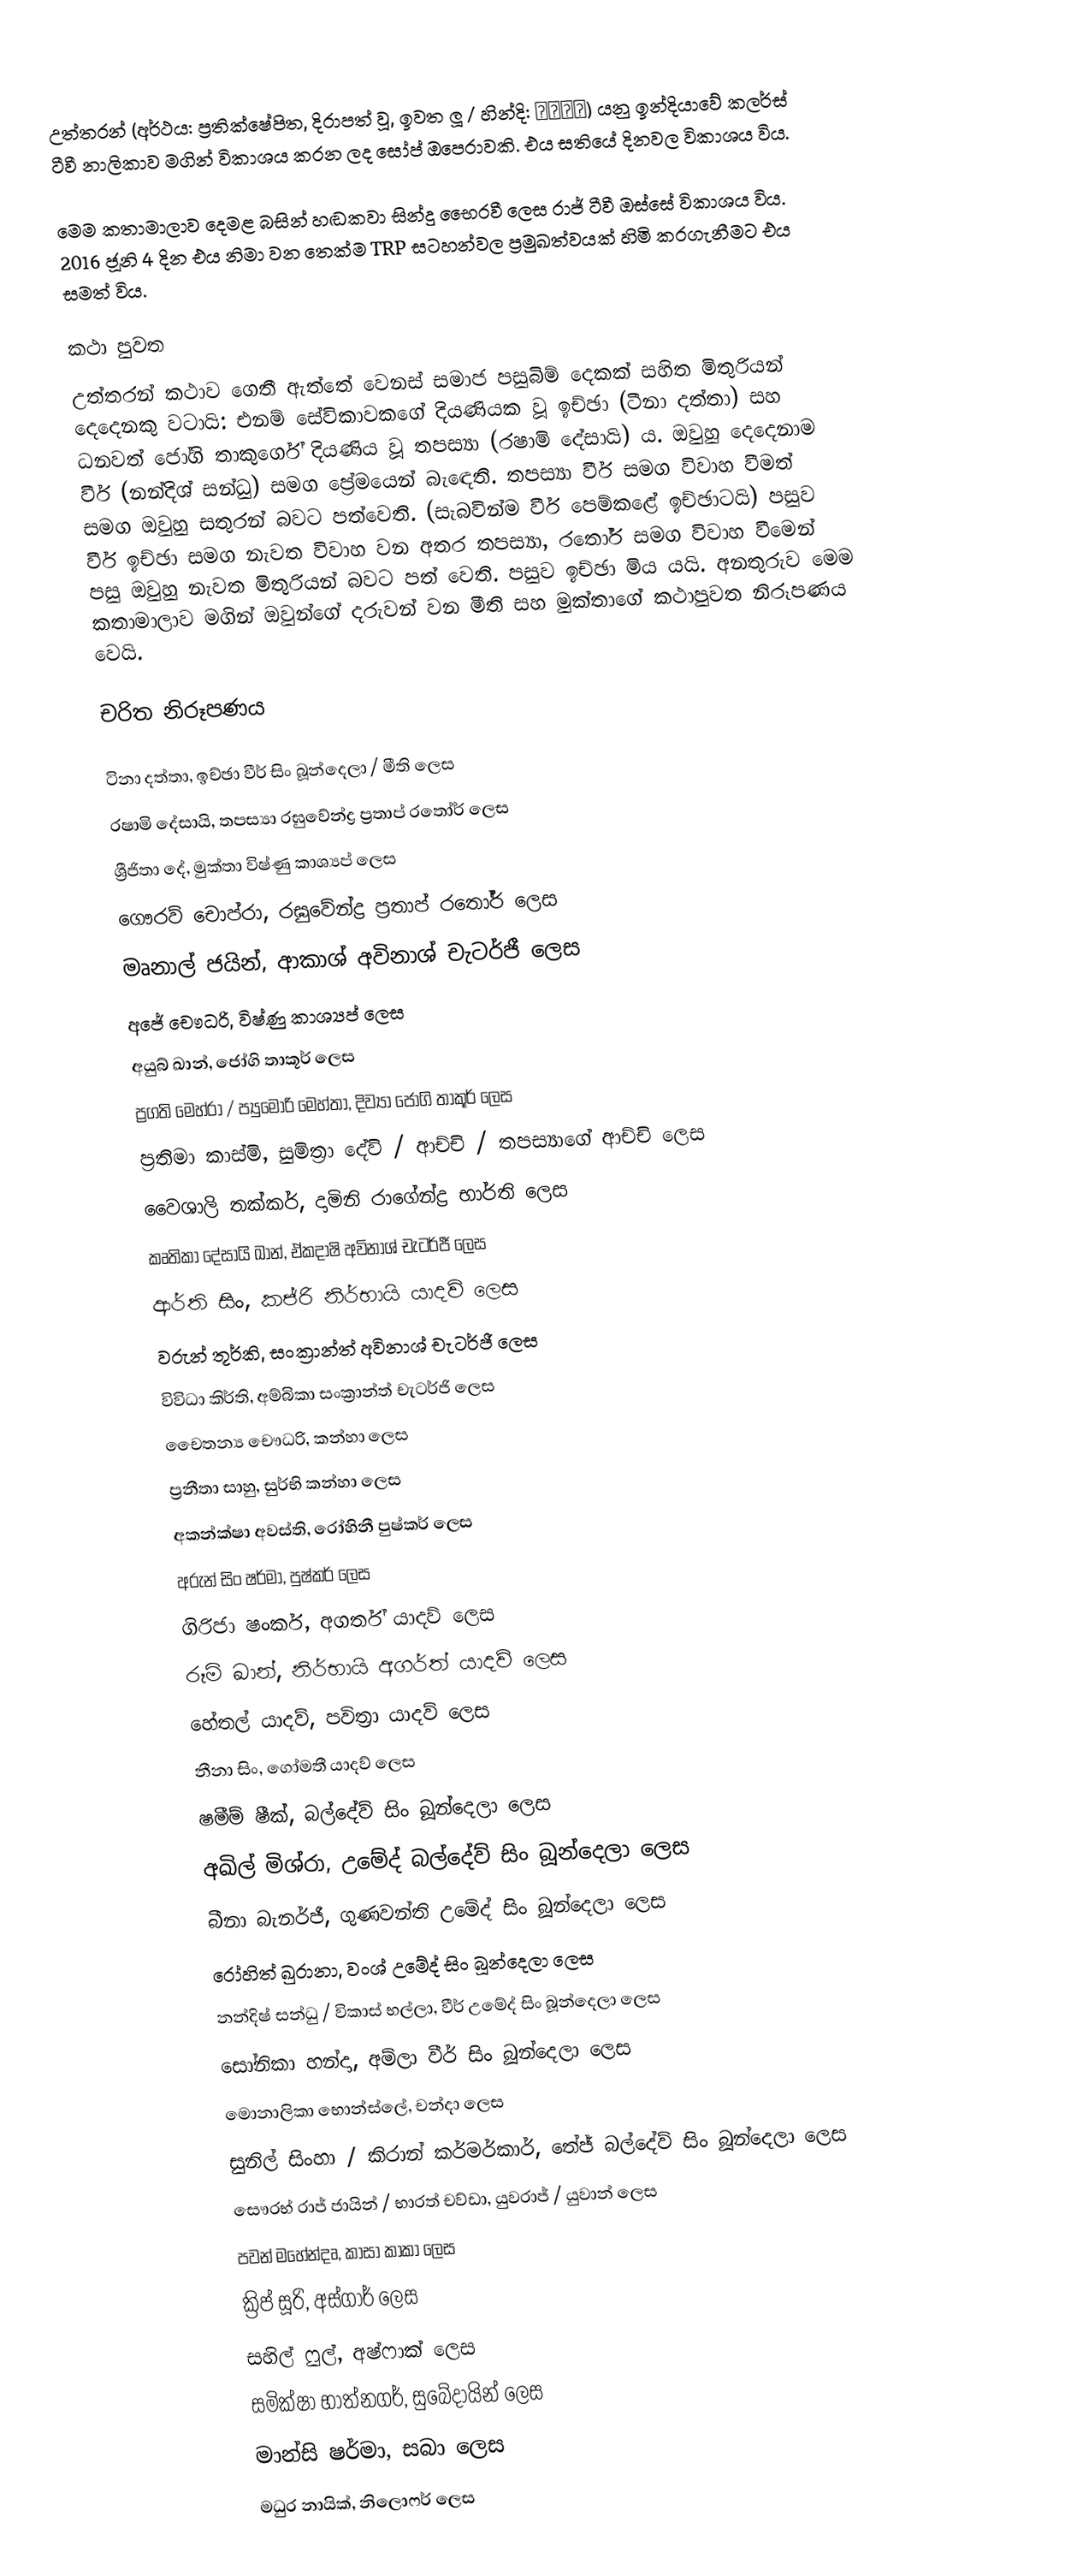
උත්තරන් (අර්ථය: ප්‍රතික්ෂේපිත, දිරාපත් වූ, ඉවත ලූ  / හින්දි: उतरन) යනු ඉන්දියාවේ  කලර්ස් ටීවී නාලිකාව මගින් විකාශය කරන ලද සෝප් ඔපෙරාවකි. එය සතියේ දිනවල විකාශය විය.

මෙම කතාමාලාව දෙමළ බසින් හඬකවා සින්දු භෛරවී ලෙස රාජ් ටීවී ඔස්සේ විකාශය විය. 2016 ජූනි 4 දින එය නිමා වන තෙක්ම TRP සටහන්වල ප්‍රමුඛත්වයක් හිමි කරගැනීමට එය සමත් විය.

කථා පුවත
උත්තරන් කථාව ගෙතී ඇත්තේ වෙනස් සමාජ පසුබිම් දෙකක් සහිත මිතුරියන් දෙදෙනකු වටායි: එනම් සේවිකාවකගේ දියණියක වූ ඉච්ඡා (ටීනා දත්තා) සහ ධනවත් ජෝගි තාකුර්ගේ දියණිය වූ තපස්‍යා (රෂාමි දේසායි) ය. ඔවුහු දෙදෙනාම වීර් (නන්දිශ් සන්ධු) සමග ප්‍රේමයෙන් බැඳෙති. තපස්‍යා වීර් සමග විවාහ වීමත් සමග ඔවුහු සතුරන් බවට පත්වෙති. (සැබවින්ම වීර් පෙම්කළේ ඉච්ඡාටයි) පසුව වීර් ඉච්ඡා සමග නැවත විවාහ වන අතර තපස්‍යා, රතෝර් සමග විවාහ වීමෙන් පසු ඔවුහු නැවත මිතුරියන් බවට පත් වෙති. පසුව ඉච්ඡා මිය යයි. අනතුරුව මෙම කතාමාලාව මගින් ඔවුන්ගේ දරුවන් වන මීති සහ මුක්තාගේ කථාපුවත නිරූපණය වෙයි.

චරිත නිරූපණය

 ටිනා දත්තා, ඉච්ඡා වීර් සිං බූන්දෙලා / මීති ලෙස
 රෂාමි දේසායි, තපස්‍යා රඝුවේන්ද්‍ර ප්‍රතාප් රතෝර් ලෙස
 ශ්‍රීජිතා දේ, මුක්තා විෂ්ණු කාශ්‍යප් ලෙස
 ගෞරව් චොප්රා, රඝුවේන්ද්‍ර ප්‍රතාප් රතෝර් ලෙස
 මෘනාල් ජයින්, ආකාශ් අවිනාශ් චැටර්ජී ලෙස
 අජේ චෞධරි, විෂ්ණු කාශ්‍යප් ලෙස
 අයුබ් ඛාන්, ජෝගි තාකූර් ලෙස
  ප්‍රගති මෙහ්රා / ප්‍යුමෝරි මෙහ්තා, දිව්‍යා ජෝගි තාකූර් ලෙස
 ප්‍රතිමා කාස්මි, සුමිත්‍රා දේවි  / ආච්චි‍ / තපස්‍යාගේ ආච්චි ලෙස
 වෛශාලි තක්කර්, දාමිනි රාගේන්ද්‍ර භාර්ති ලෙස
 කෘතිකා දේසායි ඛාන්, ඒකදාෂි අවිනාශ් චැටර්ජී ලෙස
 ආර්ති සිං, කජ්රි නිර්භායි යාදව් ලෙස
 වරුන් තූර්කි, සංක්‍රාන්ත් අවිනාශ් චැටර්ජී ලෙස
  විවිධා කිර්ති, අම්බිකා සංක්‍රාන්ත් චැටර්ජි ලෙස
 චෛතන්‍ය චෞධරි, කන්හා ලෙස
  ප්‍රනීතා සාහු, සුර්භි කන්හා ලෙස
  අකන්ක්ෂා අවස්ති, රෝහිනී පුෂ්කර් ලෙස
  අරුන් සිං ෂර්මා, පුෂ්කර් ලෙස
  ගිරිජා ෂංකර්, අගර්ත් යාදව් ලෙස
  රූමි ඛාන්, නිර්භායි අගර්ත් යාදව් ලෙස
  හේතල් යාදව්, පවිත්‍රා යාදව් ලෙස
  නීනා සිං, ගෝමතී යාදව් ලෙස
  ෂමීම් ෂීක්, බල්දේව් සිං බූන්දෙලා ලෙස
 අඛිල් මිශ්රා, උමේද් බල්දේව් සිං බූන්දෙලා ලෙස
 බීනා බැනර්ජී, ගුණවන්ති උමේද් සිං බූන්දෙලා ලෙස
 රෝහිත් ඛුරානා, වංශ් උමේද් සිං බූන්දෙලා ලෙස
 නන්දිෂ් සන්ධු / විකාස් භල්ලා, වීර් උමේද් සිං බූන්දෙලා ලෙස
 සෝනිකා හන්දා, අම්ලා වීර් සිං බූන්දෙලා ලෙස
  මොනාලිකා භොන්ස්ලේ, චන්දා ලෙස
  සුනිල් සිංහා / කිරාන් කර්මර්කාර්, තේජ් බල්දේව් සිං බූන්දෙලා ලෙස
 සෞරභ් රාජ් ජායින් / භාරත් චව්ඩා, යුවරාජ් / යුවාන් ලෙස
  පවන් මහේන්දෘ, කාසා කාකා ලෙස
 ක්‍රිප් සූරි, අස්ගාර් ලෙස
  සහිල් ෆුල්, අෂ්ෆාක් ලෙස
 සමික්ෂා භාත්නගර්, සුබේදායින් ලෙස
 මාන්සි ෂර්මා, සබා ලෙස
 මධුර නායික්, නිලොෆර් ලෙස